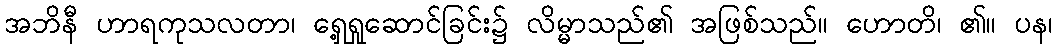
အဘိနီ ဟာရကုသလတာ၊ ရှေ့ရှုဆောင်ခြင်း၌ လိမ္မာသည်၏ အဖြစ်သည်။ ဟောတိ၊ ၏။ ပန၊